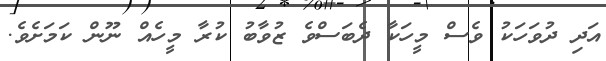
އަދި ދުވަހަކު ވެސް މީހަކާ ދެބަސްވެ ޒުވާބު ކުރާ މީހެއް ނޫން ކަމަށެވެ.